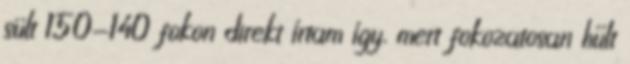
sült 150-140 fokon direkt írtam így, mert fokozatosan hűlt